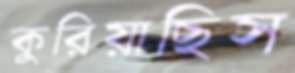
কুরিয়াছিস